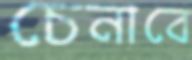
চেনাবে